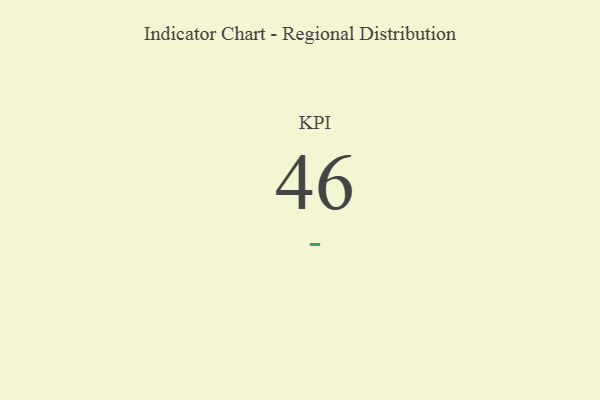
{"axis": {"x": "KPI", "y": "Value"}, "legend": [""], "data": [{"x": "KPI", "y": 46, "type": ""}]}